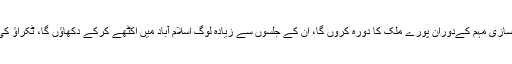
سربراہ تحریک انصاف نے کہا کہ ممبرسازی مہم کےدوران پورے ملک کا دورہ کروں گا، ان کے جلسوں سے زیادہ لوگ اسلام آباد میں اکٹھے کرکے دکھاؤں گا، ٹکراؤ کی جانب جانا ہے تو ہم انہیں دکھائیں گے۔